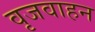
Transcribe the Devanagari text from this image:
वृजवाहन